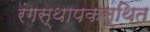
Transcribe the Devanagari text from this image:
रंगस्थापकस्थित